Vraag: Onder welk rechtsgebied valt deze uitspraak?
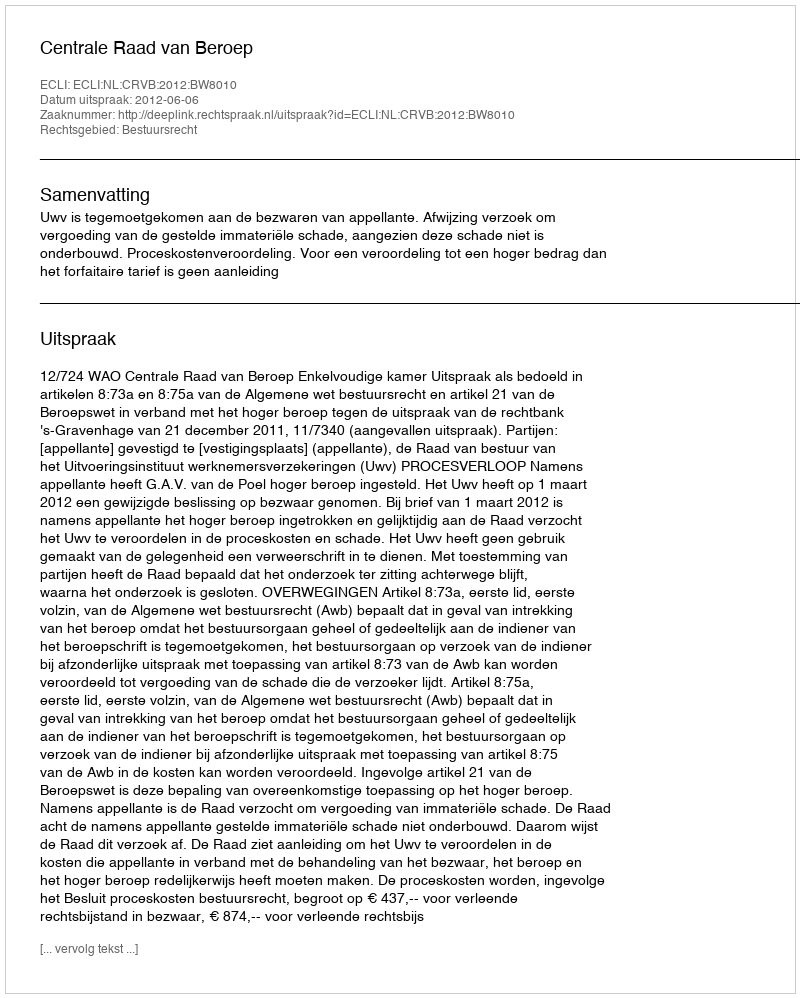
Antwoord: Bestuursrecht